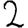
Digit: 2